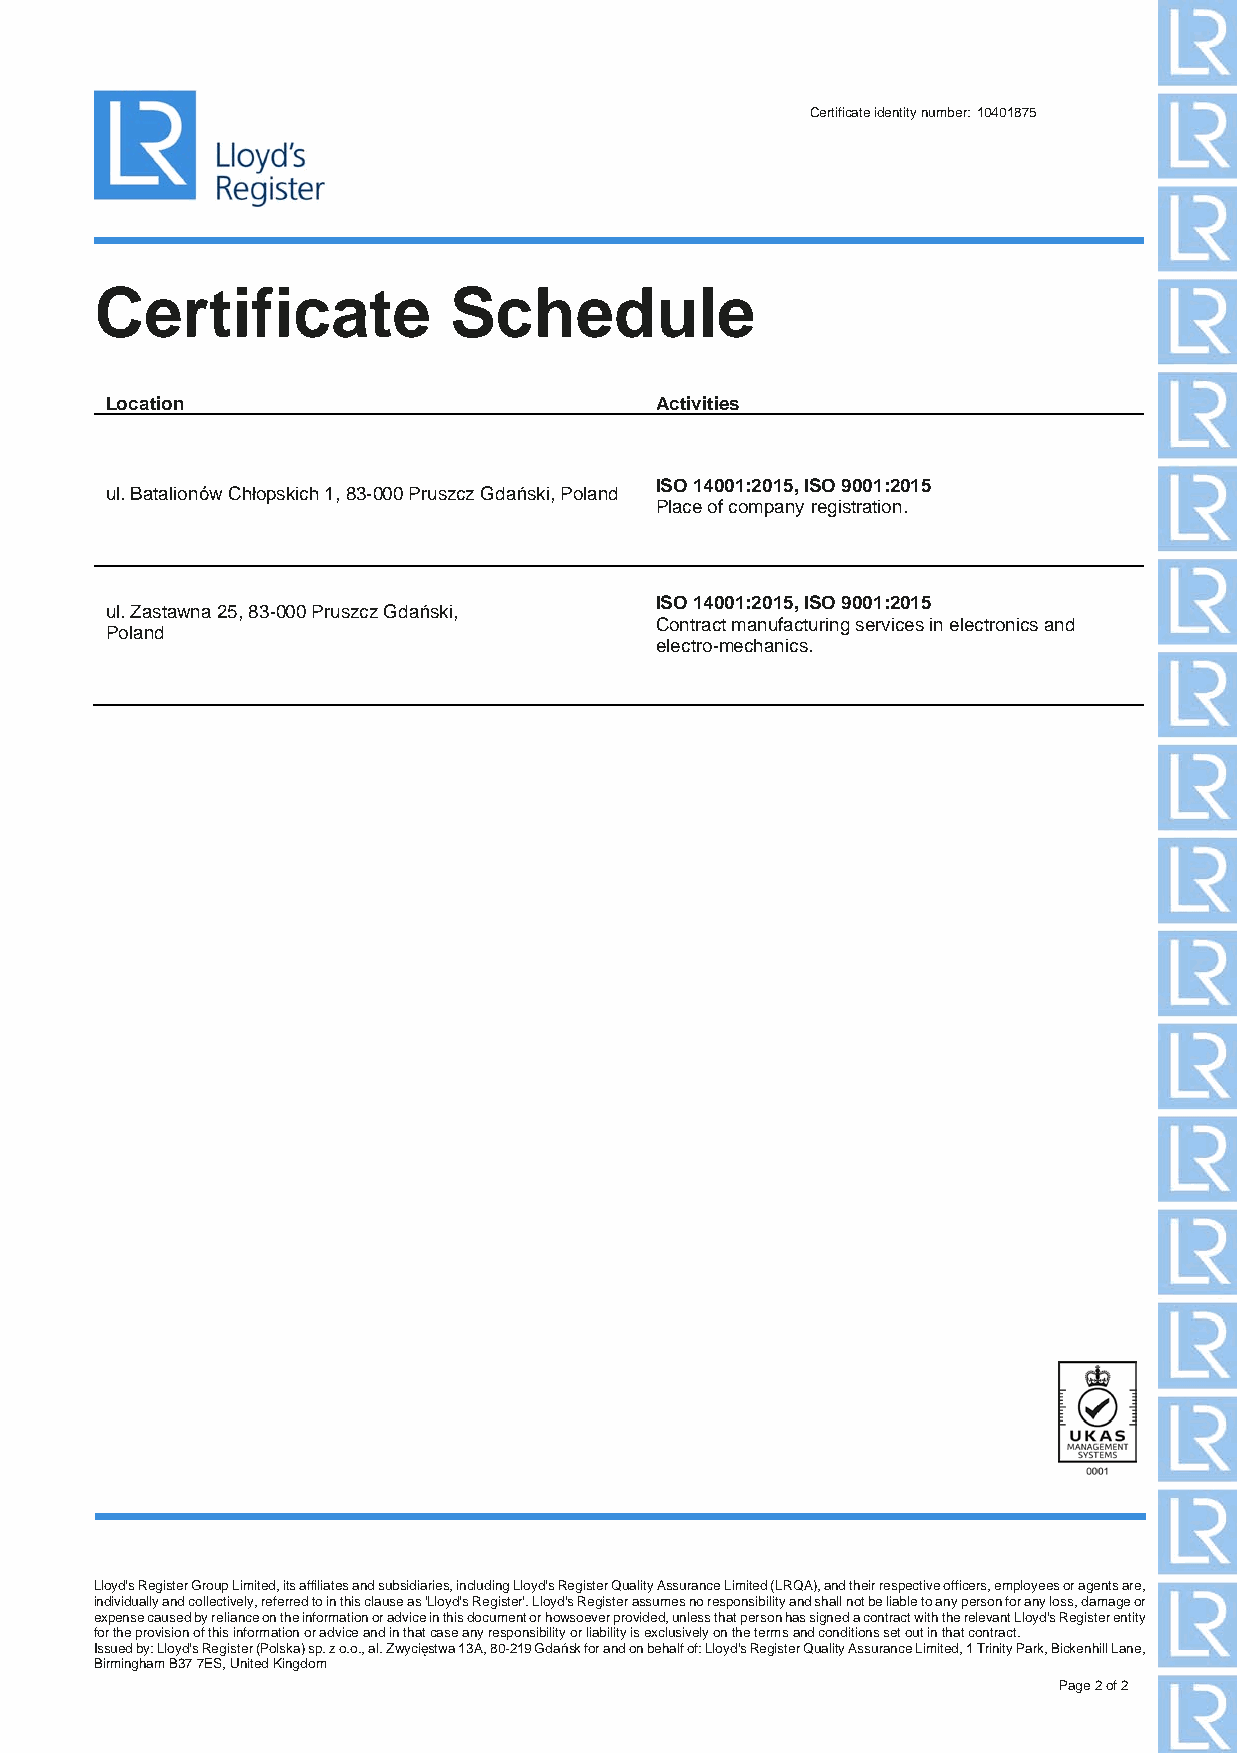
Certificate identity number: 10401875
 Certificate             Schedule
 Location                            Activities
 ISO 14001:2015, ISO 9001:2015
 ul. Batalionów Chłopskich 1, 83-000 Pruszcz Gdański, Poland
 Place of company registration.
 ISO 14001:2015, ISO 9001:2015
 ul. Zastawna 25, 83-000 Pruszcz Gdański,
 Contract manufacturing services in electronics and
 Poland
 electro-mechanics.
 Lloyd's Register Group Limited, its affiliates and subsidiaries, including Lloyd's Register Quality Assurance Limited (LRQA), and their respective officers, employees or agents are,
 individually and collectively, referred to in this clause as 'Lloyd's Register'. Lloyd's Register assumes no responsibility and shall not be liable to any person for any loss, damage or
 expense caused by reliance on the information or advice in this document or howsoever provided, unless that person has signed a contract with the relevant Lloyd's Register entity
 for the provision of this information or advice and in that case any responsibility or liability is exclusively on the terms and conditions set out in that contract.
 Issued by: Lloyd's Register (Polska) sp. z o.o., al. Zwycięstwa 13A, 80-219 Gdańsk for and on behalf of: Lloyd's Register Quality Assurance Limited, 1 Trinity Park, Bickenhill Lane,
 Birmingham B37 7ES, United Kingdom
 Page 2 of 2